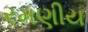
રમણીય